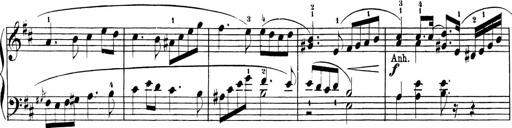
Title: Sonatinas
Composer: Andrew Violette